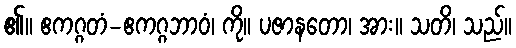
၏။ ဧကဂ္ဂတံ-ဧကဂ္ဂဘာဝံ၊ ကို။ ပဇာနတော၊ အား။ သတိ၊ သည်။